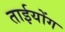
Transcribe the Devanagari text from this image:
ताईयोंग